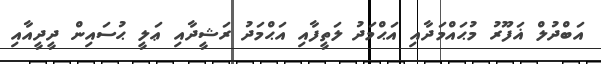
އަބްދުލް ޣަފޫރު މުޙައްމަދާއި އަޙްމަދު ލަތީފާއި އަޙްމަދު ރަޝީދާއި ޢަލީ ޙުސައިން ދީދީއާއި